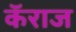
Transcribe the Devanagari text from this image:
कॅराज